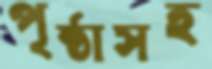
পৃষ্ঠাসহ